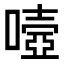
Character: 𡀄